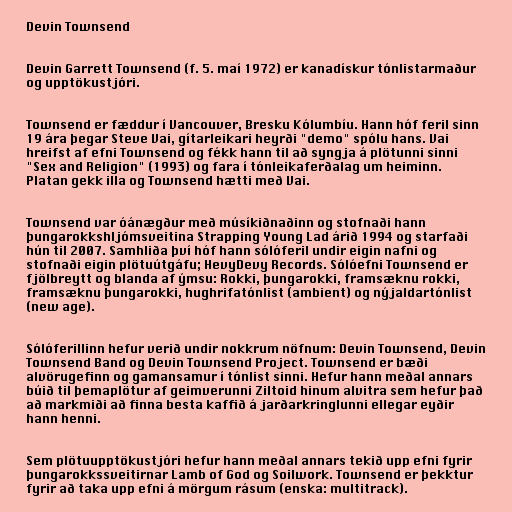
Devin Townsend

Devin Garrett Townsend (f. 5. maí 1972) er kanadískur tónlistarmaður
og upptökustjóri.

Townsend er fæddur í Vancouver, Bresku Kólumbíu. Hann hóf feril sinn
19 ára þegar Steve Vai, gítarleikari heyrði "demo" spólu hans. Vai
hreifst af efni Townsend og fékk hann til að syngja á plötunni sinni
"Sex and Religion" (1993) og fara í tónleikaferðalag um heiminn.
Platan gekk illa og Townsend hætti með Vai.

Townsend var óánægður með músíkiðnaðinn og stofnaði hann
þungarokkshljómsveitina Strapping Young Lad árið 1994 og starfaði
hún til 2007. Samhliða því hóf hann sólóferil undir eigin nafni og
stofnaði eigin plötuútgáfu; HevyDevy Records. Sólóefni Townsend er
fjölbreytt og blanda af ýmsu: Rokki, þungarokki, framsæknu rokki,
framsæknu þungarokki, hughrifatónlist (ambient) og nýjaldartónlist
(new age).

Sólóferillinn hefur verið undir nokkrum nöfnum: Devin Townsend, Devin
Townsend Band og Devin Townsend Project. Townsend er bæði
alvörugefinn og gamansamur í tónlist sinni. Hefur hann meðal annars
búið til þemaplötur af geimverunni Ziltoid hinum alvitra sem hefur það
að markmiði að finna besta kaffið á jarðarkringlunni ellegar eyðir
hann henni.

Sem plötuupptökustjóri hefur hann meðal annars tekið upp efni fyrir
þungarokkssveitirnar Lamb of God og Soilwork. Townsend er þekktur
fyrir að taka upp efni á mörgum rásum (enska: multitrack).